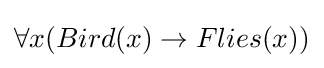
\forall x(Bird(x)\to Flies(x))